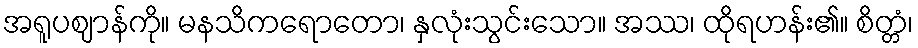
အရူပဈာန်ကို။ မနသိကရောတော၊ နှလုံးသွင်းသော။ အဿ၊ ထိုရဟန်း၏။ စိတ္တံ၊